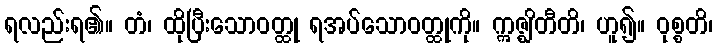
ရလည်းရ၏။ တံ၊ ထိုပြီးသောဝတ္ထု ရအပ်သောဝတ္ထုကို။ ဣဇ္ဈိတီတိ၊ ဟူ၍။ ဝုစ္စတိ၊